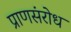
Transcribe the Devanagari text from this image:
प्राणसंरोध